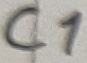
Text: C1